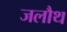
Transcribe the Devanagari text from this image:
जलौथ